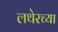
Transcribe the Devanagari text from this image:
लथेरच्या